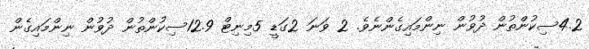
4.2ސިކުންތުން ދުވުން ނިންމައިގެންނެވެ. 2 ވަނަ 2ގަޑީ 5މިނިޓް 12.9ސިކުންތުން ދުވުން ނިންމައިގެން